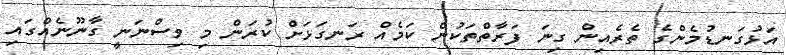
އަޅުގަނޑުމެންގެ ތެރެއިން ގިނަ ފަރާތްތަކުން ކަމެއް ރަނގަޅަށް ކުރަން މި ވިސްނަނީ ގާނޫނެއްގައިި